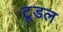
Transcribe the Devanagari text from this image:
टूडल